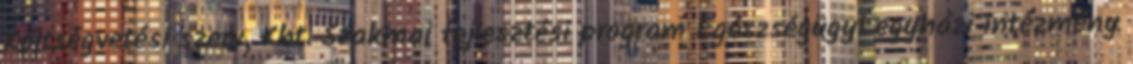
Költségvetési szerv, Kht. Szakmai fejlesztési program Egészségügyi egyházi intézmény